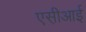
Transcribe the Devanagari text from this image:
एस़ीआई